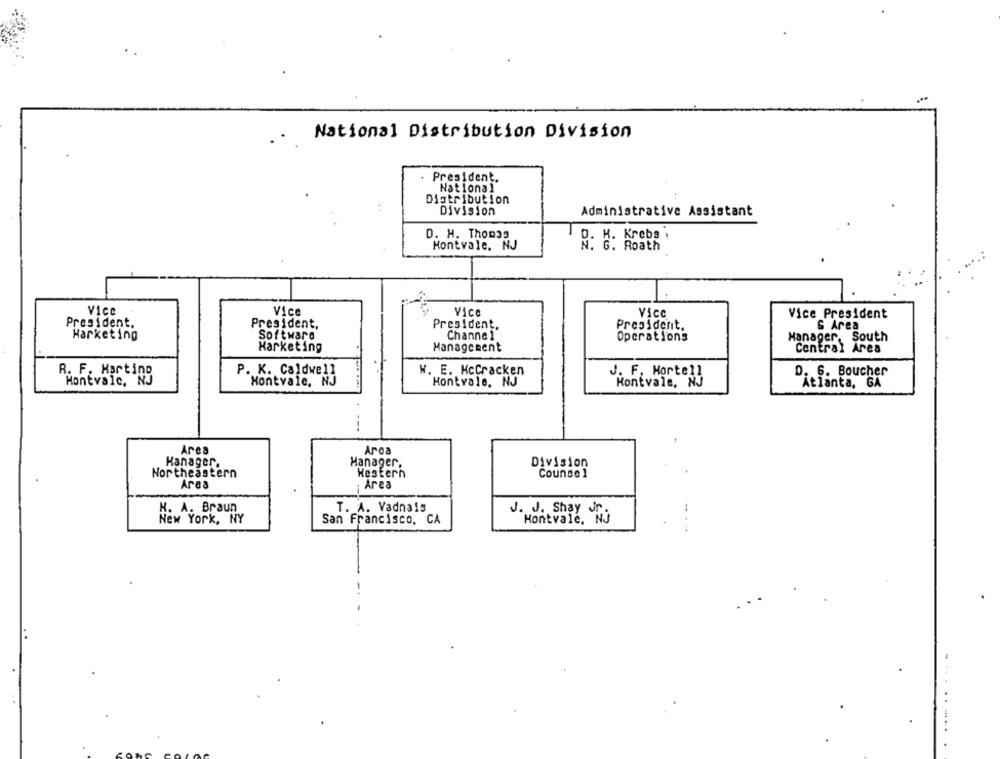
National Distribution Division
President.
National
Distribution
Division
Administrative Assistant
D. H. Thomas
D. H. Krebs
Montvale, NJ
N. G. Roath
Vice
Vice
Vice
Vice
Vice President
President.
President,
President,
President.
G Area
Software
Harketing
Channel
Operations
Manager.
South
Marketing
Management
Contral Ares
R. F. Martino
P. K. Caldwell
W. E. HcCracken
J. F. Morte !!
D. 6. Boucher
Montvale, NJ
Hontvale, NJ
Montvale, NJ
Montvale, NJ
Atlanta, GA
Area
Arca
Hanager.
Hanager,
Division
Northeastern
Western
Counsel
Area
Area
-
N. A. Braun
T. A. Vadnais
J. J. Shay Jr.
New York, NY
San Francisco, CA
Hontvale, NJ
......